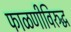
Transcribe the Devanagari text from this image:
फाळणीविरुद्ध